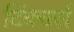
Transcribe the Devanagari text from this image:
टिंक्चर्स